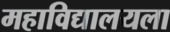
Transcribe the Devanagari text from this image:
महाविद्यालयला